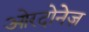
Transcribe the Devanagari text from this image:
ओरदोनेज़